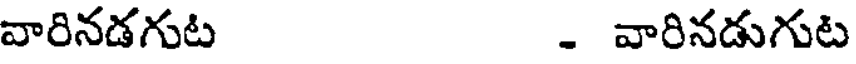
వారినడగుట - వారినడుగుట